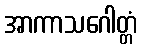
အာကာသဂေါတ္တံ